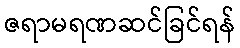
ဇရာမရဏဆင်ခြင်ရန်